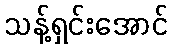
သန့်ရှင်းအောင်